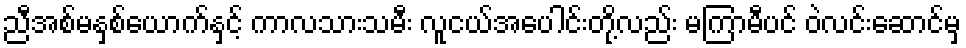
ညီအစ်မနှစ်ယောက်နှင့် ကာလသားသမီး လူငယ်အပေါင်းတို့လည်း မကြာမီပင် ဝဲလင်းဆောင်မှ